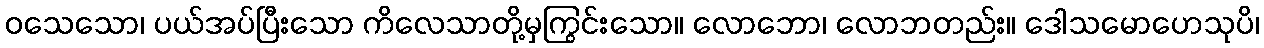
ဝသေသော၊ ပယ်အပ်ပြီးသော ကိလေသာတို့မှကြွင်းသော။ လောဘော၊ လောဘတည်း။ ဒေါသမောဟေသုပိ၊